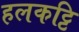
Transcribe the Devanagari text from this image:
हलकट्टि